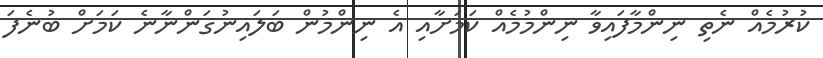
ކުރުމެއް ނެތި ނިންމާފައިވާ ނިންމުމެއް ކަމަށާއި އެ ނިންމުން ބަލައިނުގަންނާނެ ކަމަށް ބުނެފަ